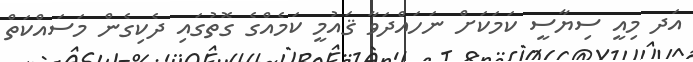
އަދ މިއީ ސިޔާސީ ކަމަކަށް ނަހައްދަވާ ޤައުމީ ކަމެއްގެ ގޮތުގައި ދެކިގެން މަސައްކަތް